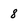
Character: 8